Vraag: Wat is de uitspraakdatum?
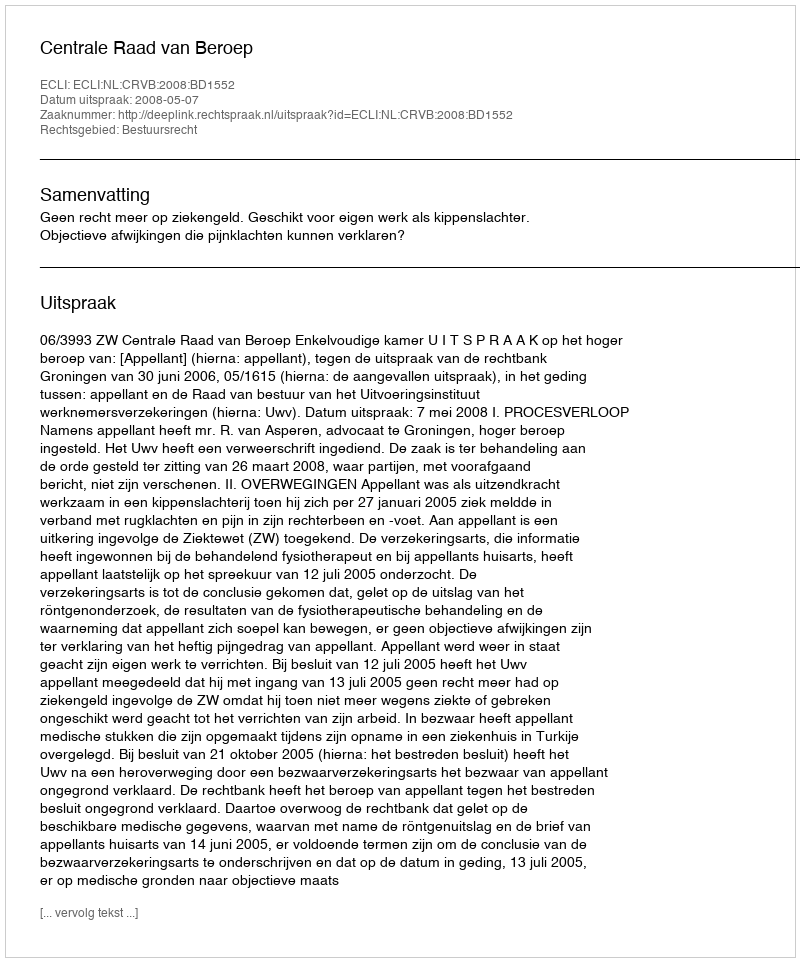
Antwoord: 2008-05-07